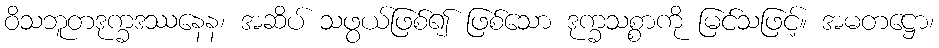
ဝိသဘူတဒုက္ခဒဿနေန၊ အဆိပ် သဖွယ်ဖြစ်၍ ဖြစ်သော ဒုက္ခသစ္စာကို မြင်သဖြင့်။ အမတဋ္ဌော၊